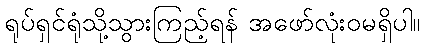
ရုပ်ရှင်ရုံသို့သွားကြည့်ရန် အဖော်လုံးဝမရှိပါ။